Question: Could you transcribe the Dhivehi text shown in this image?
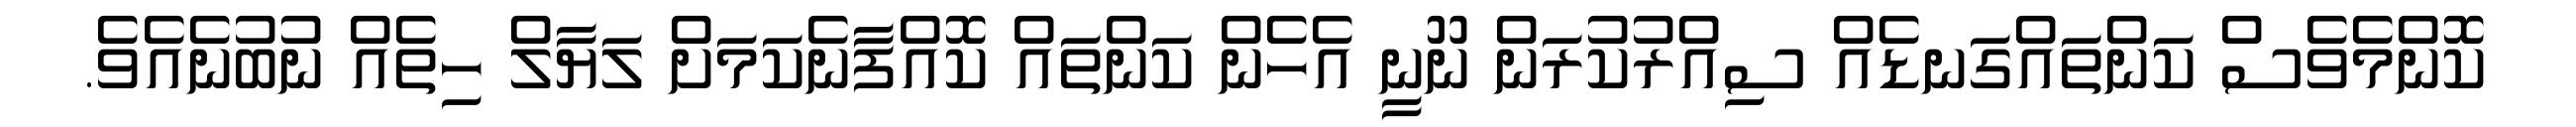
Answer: ކޮންމެވެސް ކަންތައްގަނޑެއް ސިއްރުކުރަން ނޫނީ އެހެން ކަންތައް ކޮއްފާނެކަމަށް ލަޔާލް ހިތެއް ނުބުނެއެވެ.